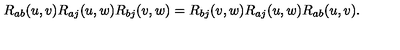
R _ { a b } ( u , v ) R _ { a j } ( u , w ) R _ { b j } ( v , w ) = R _ { b j } ( v , w ) R _ { a j } ( u , w ) R _ { a b } ( u , v ) .